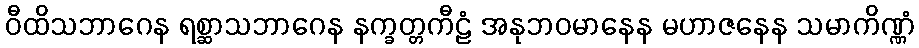
ဝီထိသဘာဂေန ရစ္ဆာသဘာဂေန နက္ခတ္တကီဠံ အနုဘဝမာနေန မဟာဇနေန သမာကိဏ္ဏံ